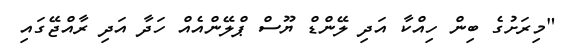
"މިރަށުގެ ބިން ހިއްކާ އަދި ލޭންޑް ޔޫސް ޕްލޭންއެއް ހަދާ އަދި ރާއްޖޭގައި